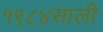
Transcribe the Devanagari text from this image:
१९८४साली